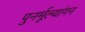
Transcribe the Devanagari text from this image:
पुनर्मूल्यांगन